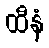
ထီနံ